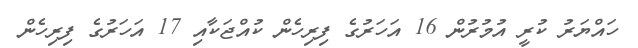
ހައްޔަރު ކުރީ އުމުރުން 16 އަހަރުގެ ފިރިހެން ކުއްޖަކާއި 17 އަހަރުގެ ފިރިހެން